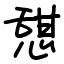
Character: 憇